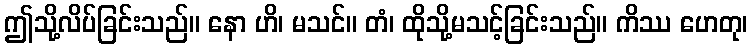
ဤသို့လိပ်ခြင်းသည်။ နော ဟိ၊ မသင်။ တံ၊ ထိုသို့မသင့်ခြင်းသည်။ ကိဿ ဟေတု၊